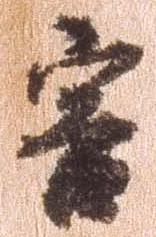
害